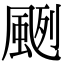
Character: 颲